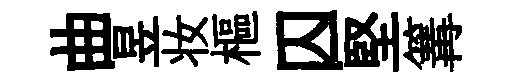
曲昱妆樞囚堅篝